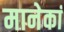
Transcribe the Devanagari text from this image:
मानेकां